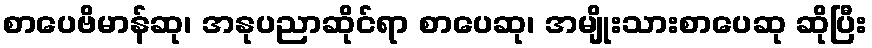
စာပေဗိမာန်ဆု၊ အနုပညာဆိုင်ရာ စာပေဆု၊ အမျိုးသားစာပေဆု ဆိုပြီး